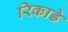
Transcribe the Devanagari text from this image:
रिकाडे